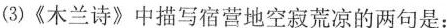
(3)《木兰诗》中描写宿营地空寂荒凉的两句是：